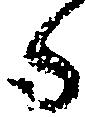
る